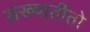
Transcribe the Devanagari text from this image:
संख्यातीतो